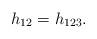
LaTeX: \begin{align*}h_{12}=h_{123}.\end{align*}